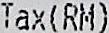
TAX(RM)